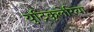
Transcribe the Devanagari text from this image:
युट्रिकुलेरिया